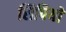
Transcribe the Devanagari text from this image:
सिपियों